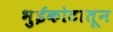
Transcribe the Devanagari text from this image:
भुईकोटातून